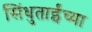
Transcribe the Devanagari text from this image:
सिंधुताईंच्या